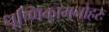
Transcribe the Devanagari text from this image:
धूष्णिकामनोहरः